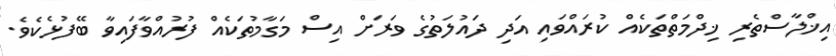
އިޚްލާސްތެރި ޚިދްމަތްތަކެއް ކުރައްވައި އަދި ދައުލަތުގެ ވަރަށް އިސް މަގާމުތަކެއް ފުރުއްވާފައިވާ ބޭފުޅެކެވެ.